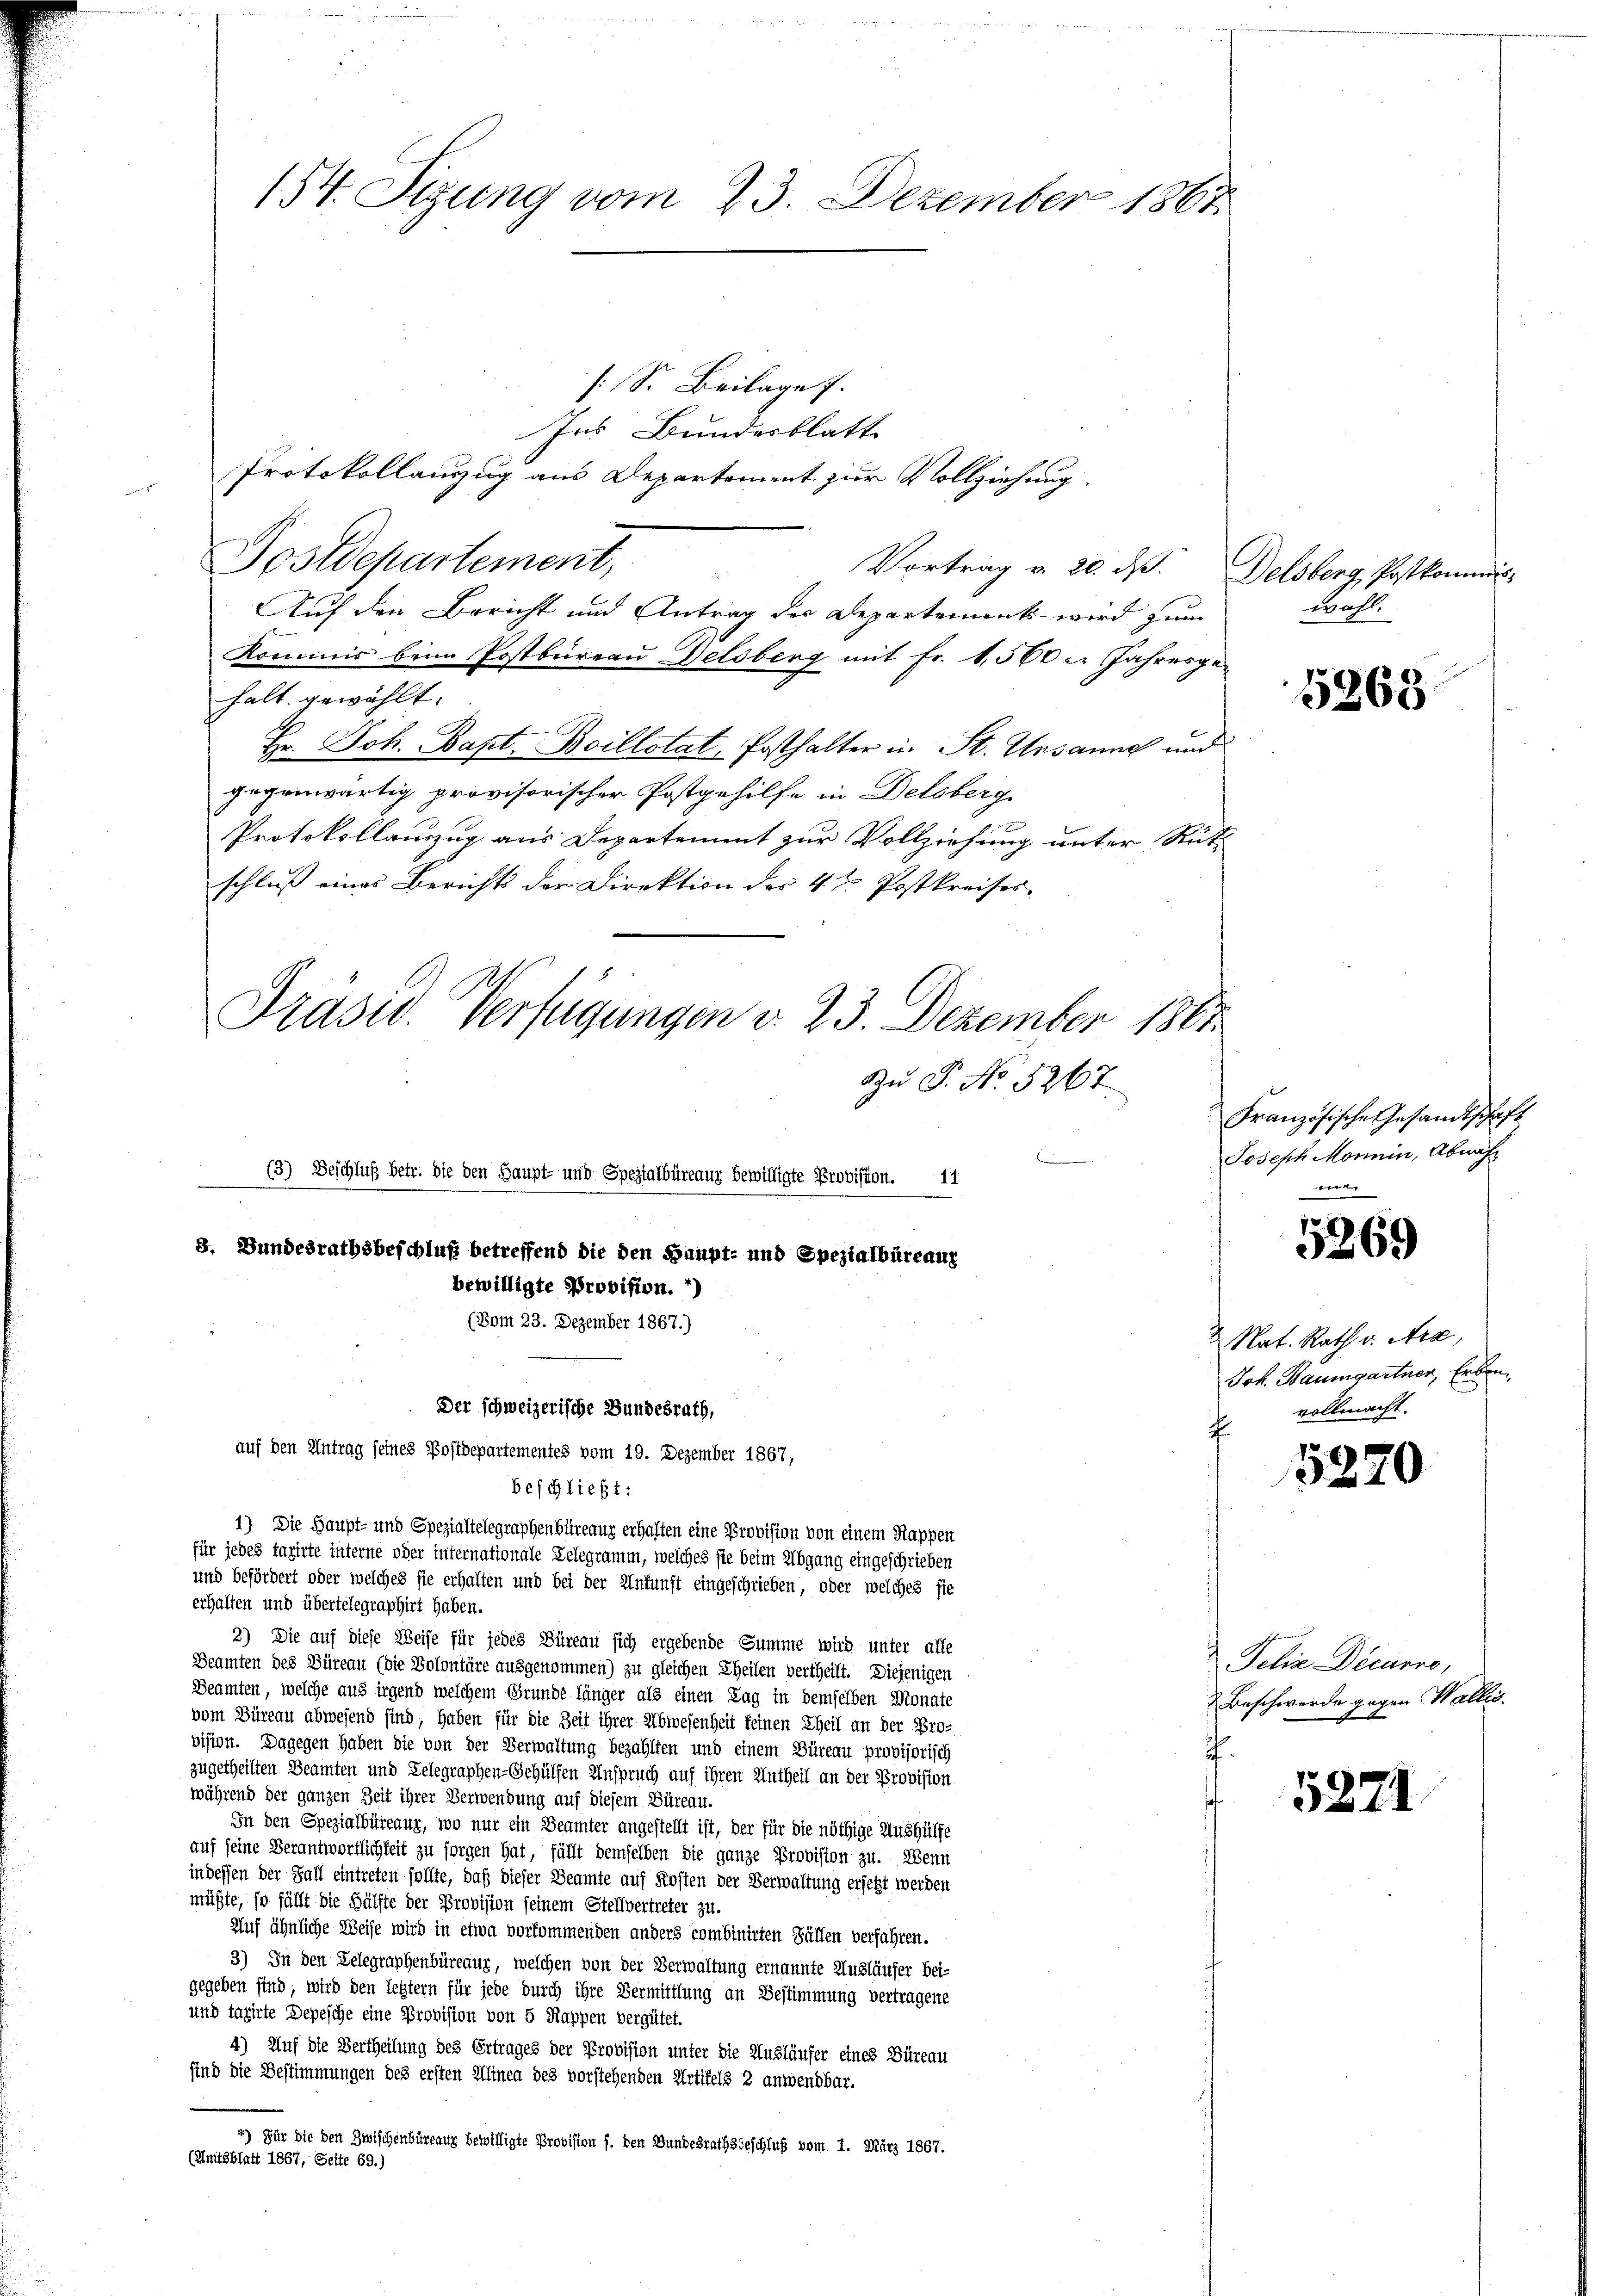
54. Sizung vom 23. Dezember 1867

[: S. Beilage f
tes Bundesblatt
Protokollanzzug aus Departement zur Vollziehung.
ungen ge
Postdepartement,
Vortrag v. 20. ds. Delsberg, Postkommis
Auf den Bericht und Antrag der Departement wird zum
Kommis beim Postbüreau Delsberg mit Fr. 1,500 c. Jahresgehalt gewählt:
Hr. Joh. Bapt. Boillotat, Posthalter in St. Ursanne und
gegenwärtig provisorischer Postgehilfe in Delsberg
Protokollanzug aus Departement zur Vollziehung unter Rüt-
schluß eines Berichts der Direktion der 4 te Postkreises.

Präsid. Verfügungen d. 25. Dezember 1861
Zu P. No. 5267

1) Die Haupt- und Spezialtelegraphenbüreaur erhalten eine Provision von einem Rappen
und befördert oder welches sie erhalten und bei der Unkunft eingeschrieben, oder welches fie
erhalten und übertelegraphirt haben.
2) Die auf diese Weise für jedes Büreau sich ergebende Summe wird unter alle
Deamten des Büreau (die Volontäre ausgenommen) zu gleichen Theilen vertheilt. Diejenigen
Beamten, welche aus irgend welchem Grunde länger als einen Tag in demselben Monate
vom Büreau abwesend sind, haben für die Zeit ihrer Abwesenheit keinen Theil an der Pro-
vision. Dagegen haben die von der Verwaltung bezahlten und einem Büreau provisorisch
zugetheilten Beamten und Gelegraphen-Gehülfen Anspruch auf ihren Untheil an der Provision
während der ganzen Zeit ihrer Verwendung auf diesem Büreau.
In den Spezialbüreaur, wo nur ein Beamter angestellt ist, der für die nöthige Aushülfe
auf seine Verantwortlichkeit zu sorgen hat, fällt demselben die ganze Provision zu. Wenn
indessen der Fall eintreten sollte, daß dieser Beamte auf Kosten der Verwaltung ersetzt werden
müßte, so fällt die Hälfte der Provision seinem Stellvertreter zu.
Auf ähnliche Weise wird in etwa vorkommenden anders combinirten Fällen verfahren.
3) In den Gelegraphenbüreaur, welchen von der Verwaltung ernannte Ausläufer bei-
gegeben sind, wird den letztern für jede durch ihre Vermittlung an Bestimmung vertragene
und taxirte Depesche eine Provision von 5 Rappen vergütet.
4) Auf die Vertheilung des Ertrages der Provision unter die Ausläufer eines Büreau
sind die Bestimmungen des ersten Alinen des vorstehenden Artifels 2 anwendbar.
*) Für die den Zwischenbüreau bewilligte Provision f. den Bundesrathsbeschluß vom 1. März 1867.
(Snitzblatt 1867, Seite 69.)

(3) Beschluß betr. die den Haupt- und Spezialbüreaur bewilligte Provision. 11
8. Bundesrathsbeschluß betreffend die den Haupt- und Spezialbüreaug
bewilligte Provision. *)
(Vom 23. Dezember 1867.)
Der schweizerische Bundesrath,
auf den Antrag seines Postdepartementes vom 19. Dezember 1867,
beschließt:

für jedes taxirte interne oder internationale Gelegramm, welches sie beim Abgang eingeschrieben

wahl.

Französische Gesandtschaft
Joseph Monein, Abnah
e

5368

5269

5220

5271

Nat. Rath v. Ara,
Joh. Baumgartner, Erben.
vollmacht.

Felix Decurre,
& Beschwerde gegen Wallis.